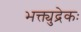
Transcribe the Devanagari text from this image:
भक्त्युद्रेकः